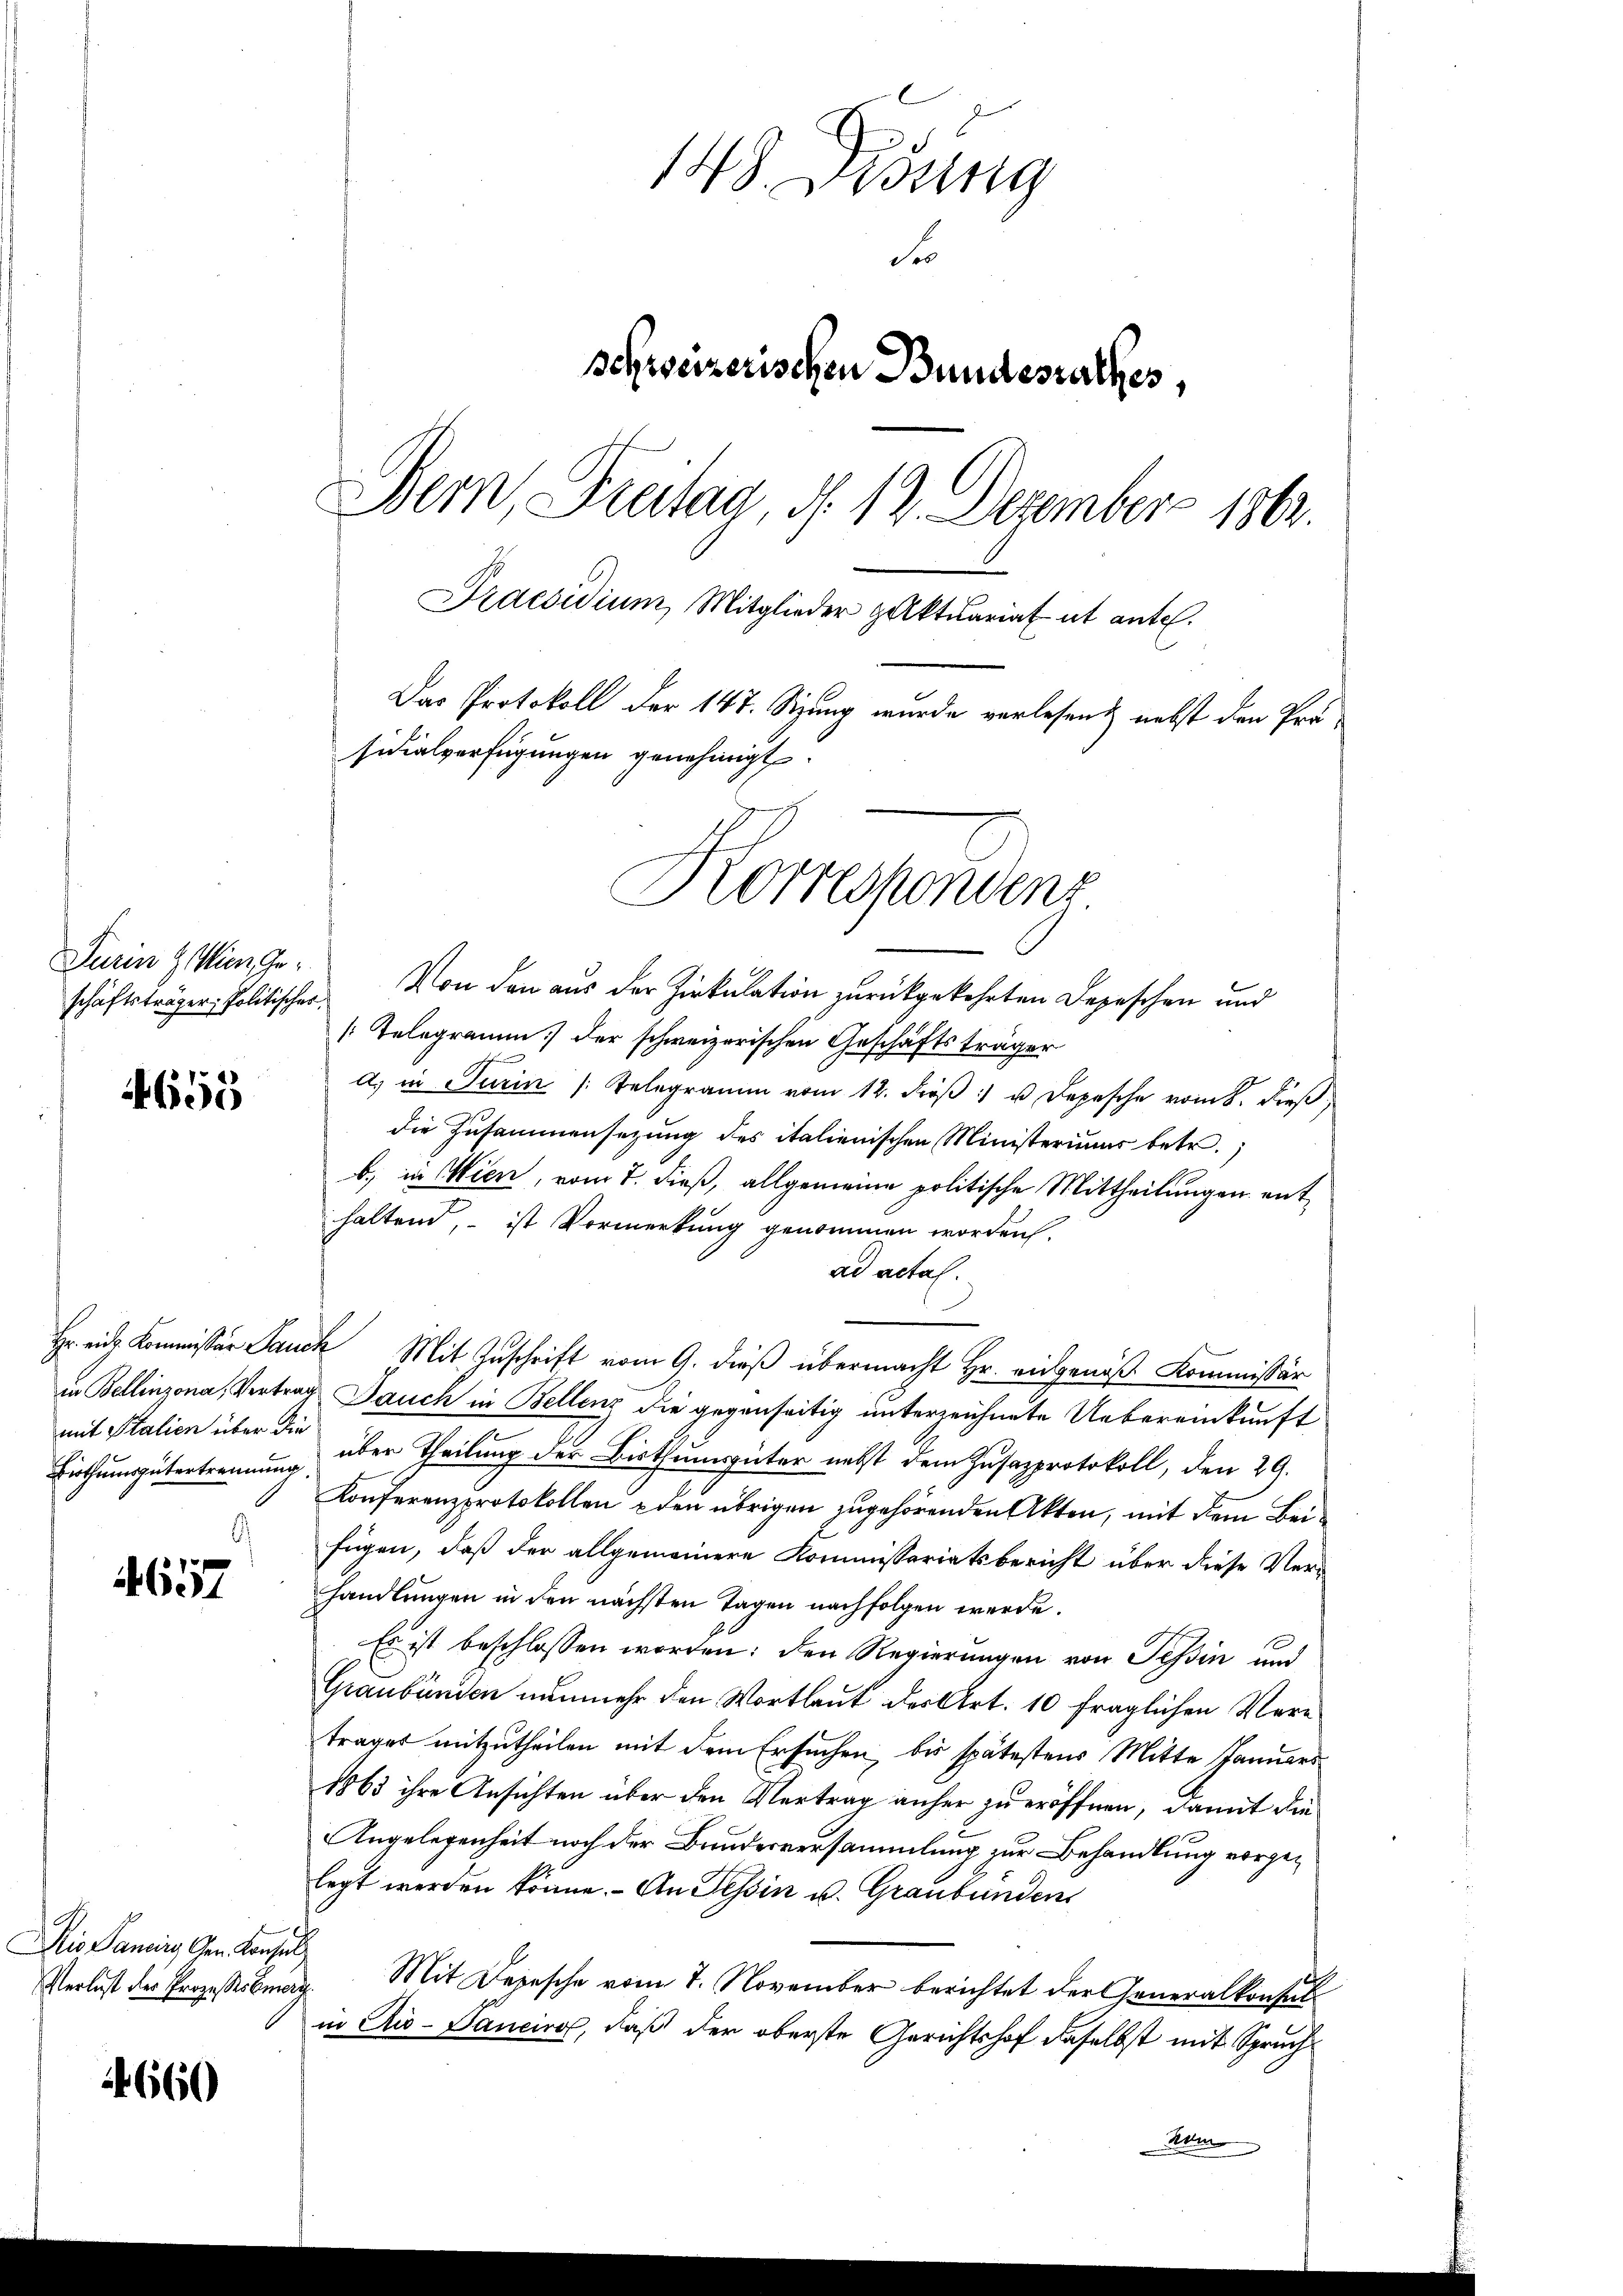
Turin & Wien Ge¬

4655

mit Stalien über die
.

657

Die Panin den Konsul

1660

148. Disung
S
schweizerischen Bundesrathes,
Bern, Freitag, d. 12. Dezember 1862.
Praesidium Mitglieder paktuariat et ante.
Das Protokoll der 147. Sizung wurde verlesend nebst den Prä-
sidialverfügungen genehmigt.

schäftsträger Politischer Von den aus der Zirkulation zurückgekehrten Depeschen und
[Telegramm der schweizerischen Geschäftsträger
d. in Turin /: Telegramm vom 12. dieβ u Depesche vom 8. dieß
die Zusammensezung des italienischen Ministeriums betr.
b.) in Wien, vom 7. dieß, allgemeine politische Mittheilungen enthaltend, – ist Vormerkung genommen worden.
ad actas.
Hr. eidg. Kommissär Jauch Mit Zuschrift vom 9. dieß übermacht Hr. eidgenöß Kommissär
in Bellinzona, Vertrag Jauch in Bellenz die gegenseitig unterzeichnete Uebereinkunft
Einthumsgütertrennung über Theilung der Bisthumsgüter nebst dem Zusazprotokoll, den 29.
Konferenzprotokollen den übrigen zugehörenden Akten, mit dem Bei
fügen, daß der allgemeinere Kommissariatsbericht über diese Verhandlungen in den nächsten Tagen nachfolgen werde.
Es ist beschlossen worden; den Regierungen von Tessin und
Graubünden nunmehr den Wortlaut der Art. 10 fraglichen Vere
trages mitzutheilen mit dem Ersuchen, bis spätestens Mitte Januars
1863 ihre Ansichten über den Vertrag anher zu eröffnen, damit die
Angelegenheit noch der Bundesversammlung zur Behandlung vorgelegt werden könne. - An Tessin u. Graubünden
Verlust der Prozessermag. Mit Depesche vom 7. November berichtet der Generalkonsul
in Ris-Sanciro, daß der oberste Gerichtshof daselbst mit Spruch
Nom

Korrespondenz